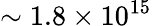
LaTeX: \sim 1.8\times 10^{15}